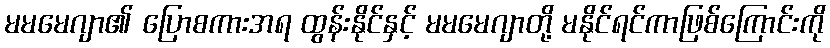
မမမေဂျာ၏ ပြောစကားအရ ထွန်းနိုင်နှင့် မမမေဂျာတို့ မနိုင်ရင်ကာဖြစ်ကြောင်းကို